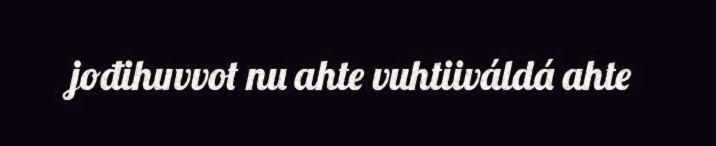
jođihuvvot nu ahte vuhtiiváldá ahte